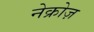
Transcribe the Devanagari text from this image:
नेक्रोज़